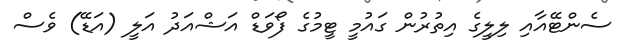
ސެންޓޭއާއި ލިލީގެ އިތުރުން ގައުމީ ޓީމުގެ ފޯވަޑް އަޝްއަދު އަލީ (އަޑޭ) ވެސް